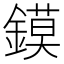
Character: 鏌